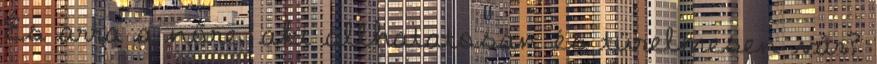
És arra a nőre, aki állhatatosan és türelmesen vár?